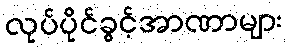
လုပ်ပိုင်ခွင့်အာဏာများ